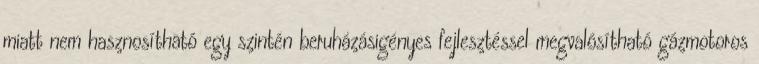
miatt nem hasznosítható egy szintén beruházásigényes fejlesztéssel megvalósítható gázmotoros